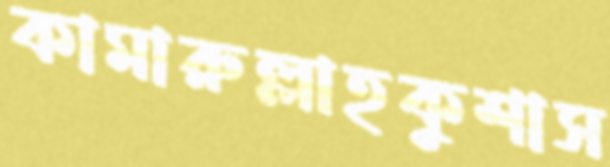
কামারুল্লাহকুশাস